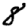
Digit: 8